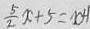
\frac { 5 } { 2 } x + 5 = x + 1